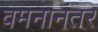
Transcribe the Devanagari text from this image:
वमनानंतर